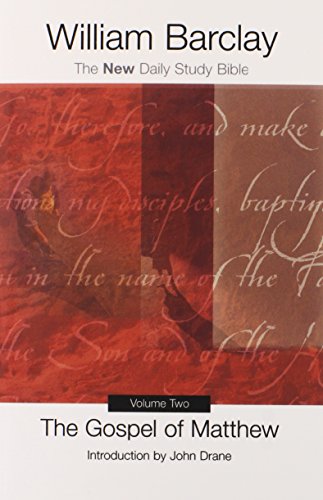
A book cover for New Daily Study Bible: Complete Set (New Daily Bible) 17 vol. set; William Barclay; Christian Books & Bibles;